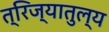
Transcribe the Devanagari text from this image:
त्रिज्यातुल्य